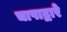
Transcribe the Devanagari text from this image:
चापाद्वारे